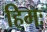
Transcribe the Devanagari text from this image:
हिमः